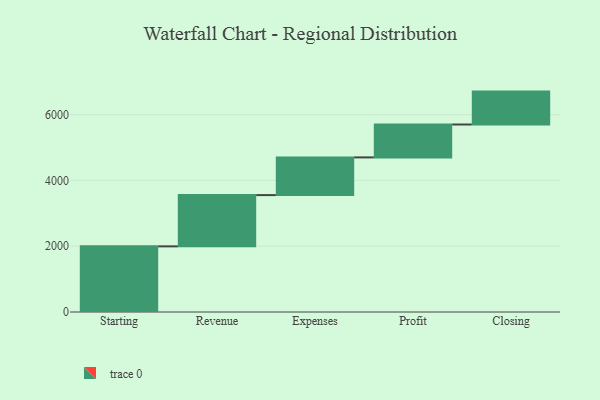
{"axis": {"x": "Step", "y": "Value"}, "legend": [""], "data": [{"x": "Starting", "y": 1995.0, "type": ""}, {"x": "Revenue", "y": 1558.0, "type": ""}, {"x": "Expenses", "y": 1146.0, "type": ""}, {"x": "Profit", "y": 1000, "type": ""}, {"x": "Closing", "y": 1000, "type": ""}]}